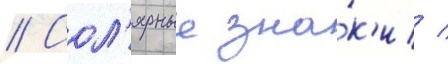
// Сол'ярные зна́к'и /